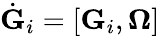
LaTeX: \dot{\mathbf G}_{i}=[{\mathbf G}_{i},{\boldsymbol\Omega}]